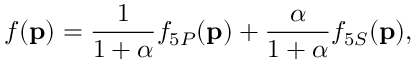
f ( { \bf { p } } ) = \frac { 1 } { 1 + \alpha } f _ { 5 P } ( { \bf { p } } ) + \frac { \alpha } { 1 + \alpha } f _ { 5 S } ( { \bf { p } } ) ,